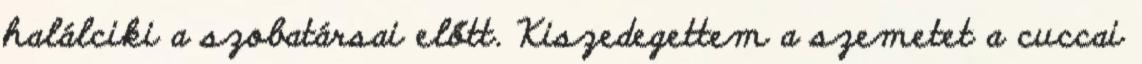
halálciki a szobatársai előtt. Kiszedegettem a szemetet a cuccai